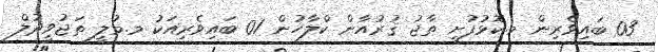
03 ބައިވެރިން މ.ކޮޅުފުށީ ތާޖު ޤުރުއާން ކްލާހުން 01 ބައިވެރިއަކު މ.މުލީ ތަޖުވީދުލް